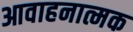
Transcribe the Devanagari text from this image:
आवाहनात्मक